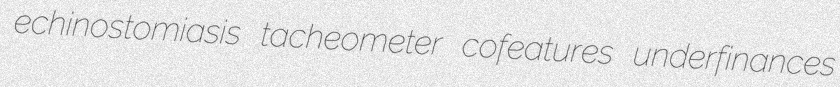
echinostomiasis tacheometer cofeatures underfinances